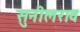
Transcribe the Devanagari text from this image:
सुनीलराव